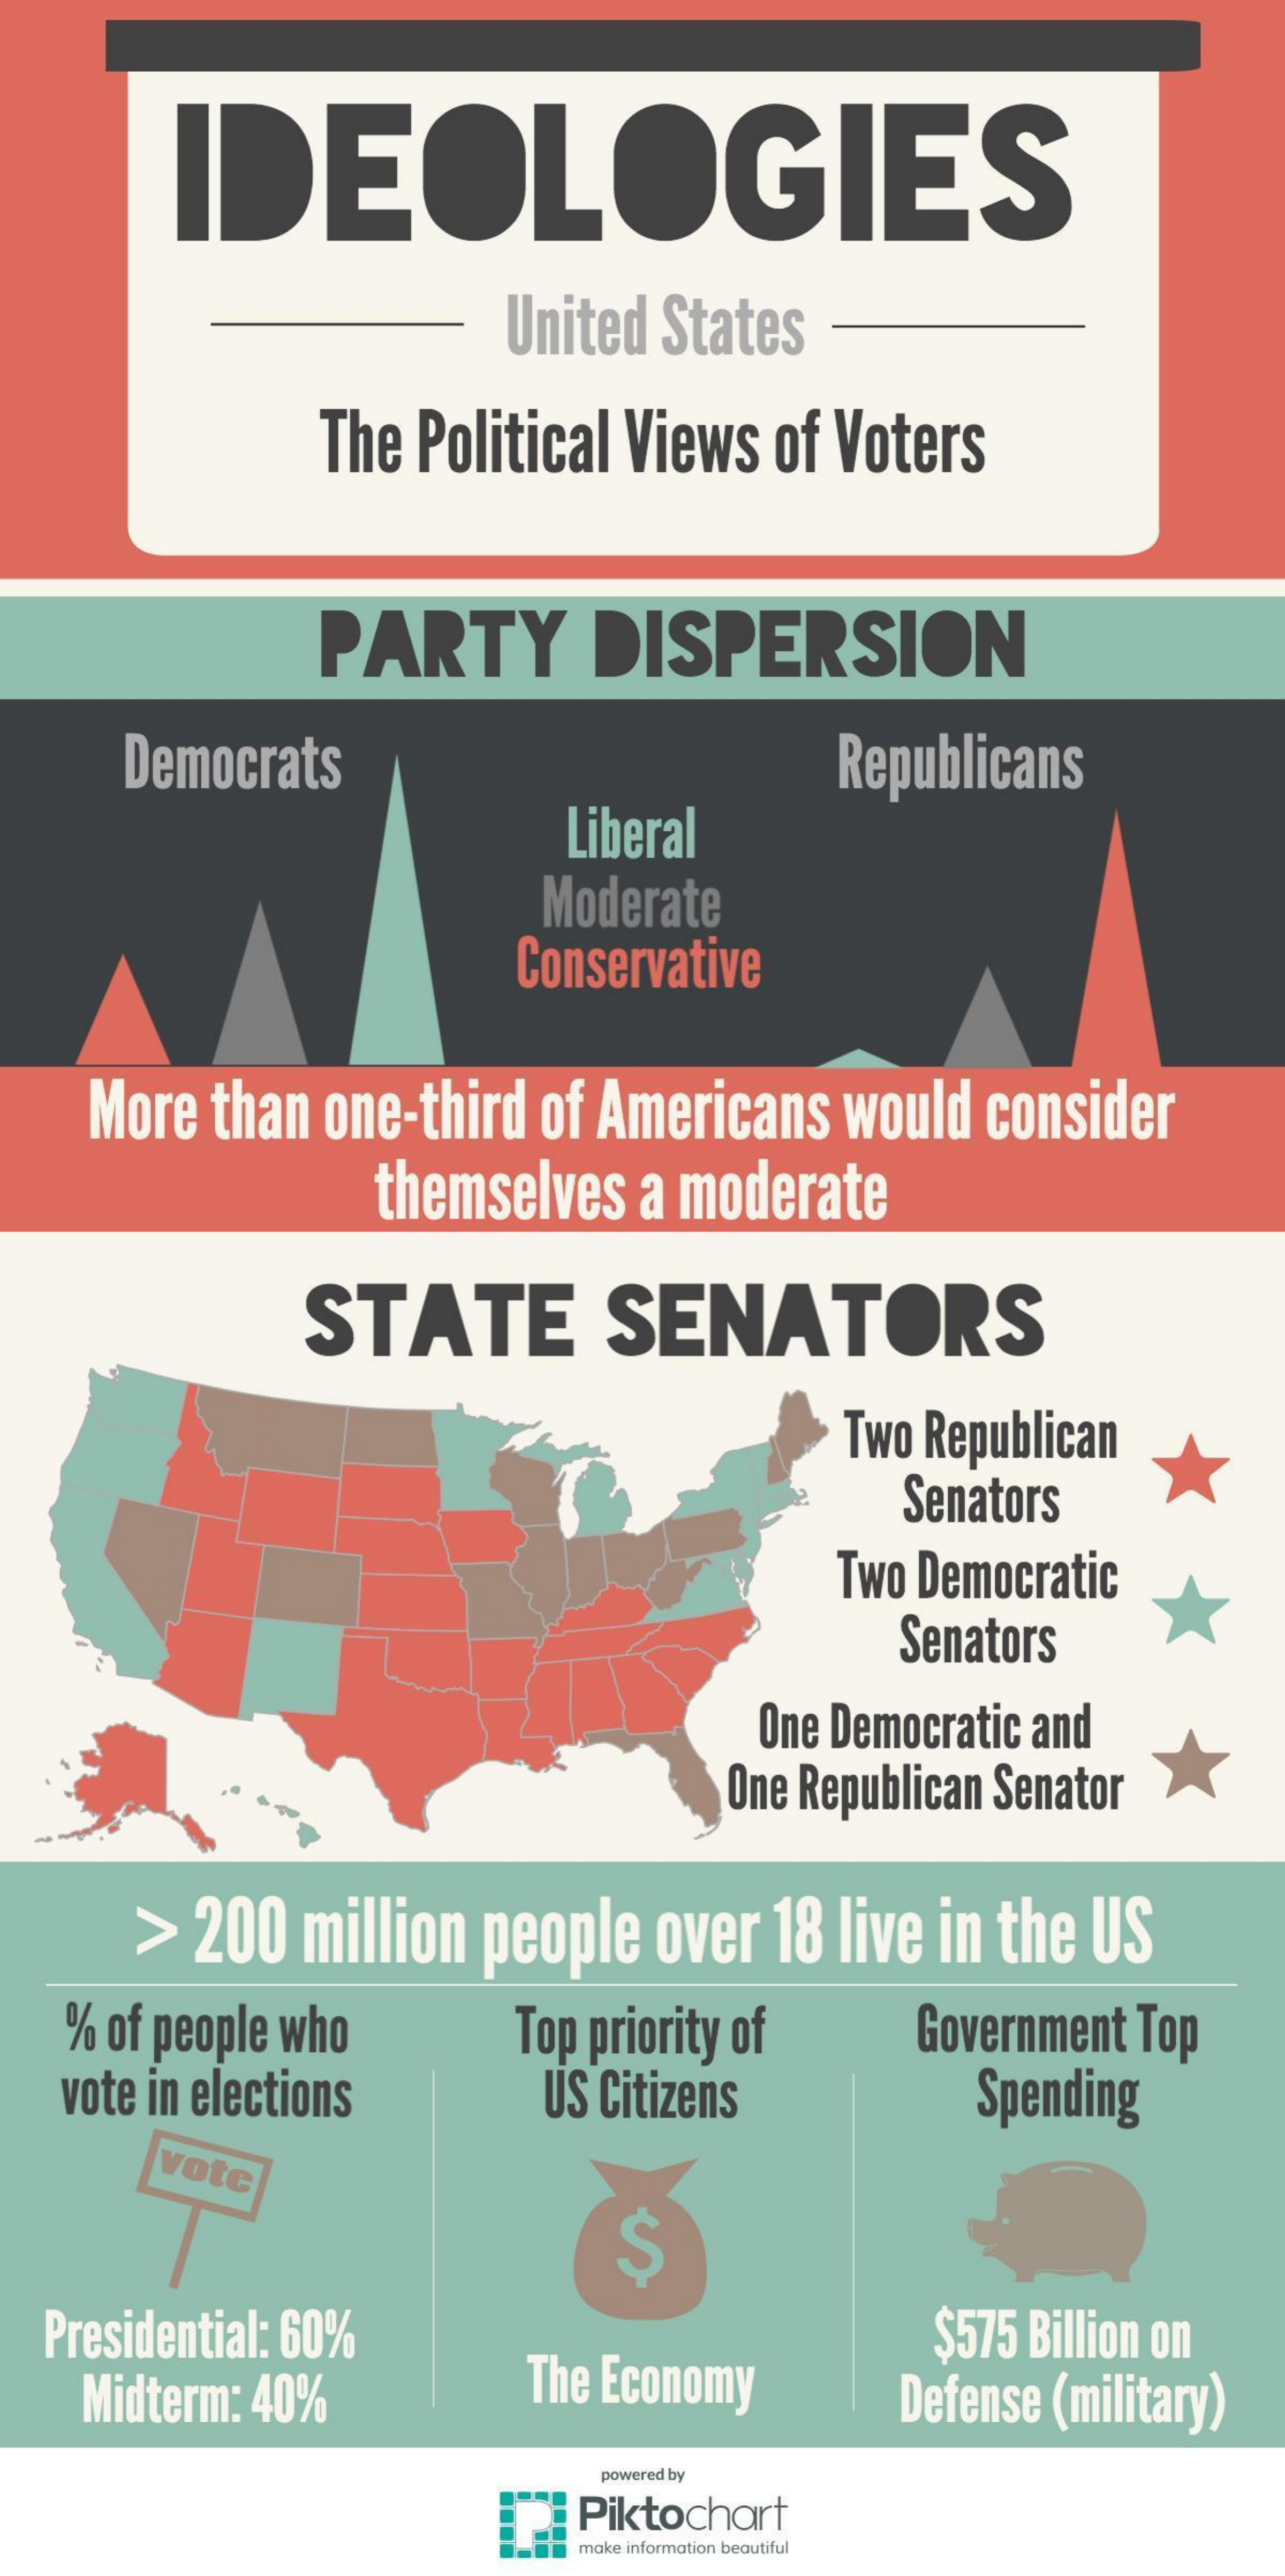
IDEOLOGIES
     United States
     The Political Views of Voters
     PARTY    DISPERSION
     Democrats    Republicans
     Liberal
     Moderate
     Conservative
    More than one-third of Americans would consider
     themselves a moderate
     STATE    SENATORS
     Two Republican
     Senators
     Two Democratic
     Senators
     One Democratic and
     One Republican Senator
     >  200 million people over 18 live in the US
   % of people who  Top priority of Government Top
   vote in elections US Citizens    Spending
     vote
     $
  Presidential: 60%
   Midterm: 40%    The Economy
     $575 Billion on
     Defense (military)
     powered by
     Piktochart
     make information beautiful